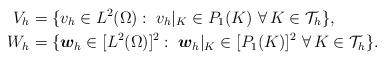
LaTeX: \begin{align*} V_h&=\{ v_h \in L^2(\Omega):\;v_h |_K \in P_1(K)\ \forall\,K\in\mathcal{T}_h\},\\ W_h&=\{ \boldsymbol{w}_h\in[L^2(\Omega)]^2:\; \boldsymbol{w}_h |_K\in [P_1(K)]^2\ \forall\,K\in\mathcal{T}_h\}.\end{align*}